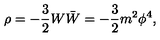
\rho = - \frac 3 2 W \bar { W } = - \frac 3 2 m ^ { 2 } \phi ^ { 4 } ,